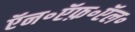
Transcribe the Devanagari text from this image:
ऍन॰ऍफ़॰ऍल॰